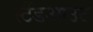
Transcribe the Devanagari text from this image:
स्टैंडआउट